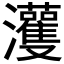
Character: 𤅞